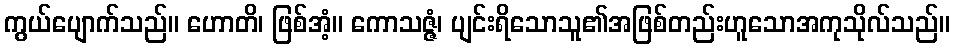
ကွယ်ပျောက်သည်။ ဟောတိ၊ ဖြစ်အံ့။ ကောသဇ္ဇံ၊ ပျင်းရိသောသူ၏အဖြစ်တည်းဟူသောအကုသိုလ်သည်။